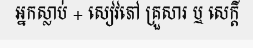
អ្នកស្លាប់ + សៀវភៅ គ្រួសារ ឬ សេក្តី